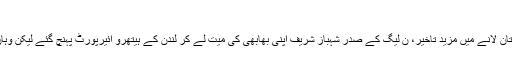
حیرت انگیز صورتحال
لندن (مانیٹرنگ ڈیسک) بیگم کلثوم نواز کی میت کو پاکستان لانے میں مزید تاخیر، ن لیگ کے صدر شہباز شریف اپنی بھابھی کی میت لے کر لندن کے ہیتھرو ائیرپورٹ پہنچ گئے لیکن وہاں پی آئی اے کی فلائٹ پی کے 758 تاخیر کا شکار ہے۔